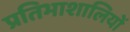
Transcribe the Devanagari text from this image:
प्रतिभाशालियों